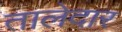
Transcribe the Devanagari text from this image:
तालेदार